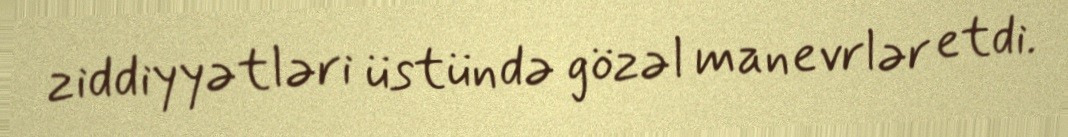
ziddiyyətləri üstündə gözəl manevrlər etdi.